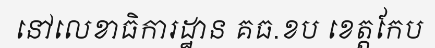
នៅលេខាធិការដ្ឋាន គធ.ខប ខេត្តកែប